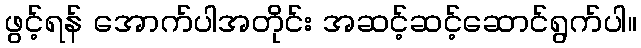
ဖွင့်ရန် အောက်ပါအတိုင်း အဆင့်ဆင့်ဆောင်ရွက်ပါ။